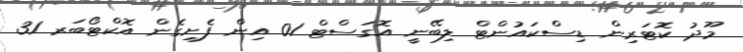
މޫދު ކޮޓަރިން ޑިސްކައުންޓް ލިބޭނީ އޮގަސްޓް 01 އިން ފެށިގެން އޮކްޓޯބަރ 31